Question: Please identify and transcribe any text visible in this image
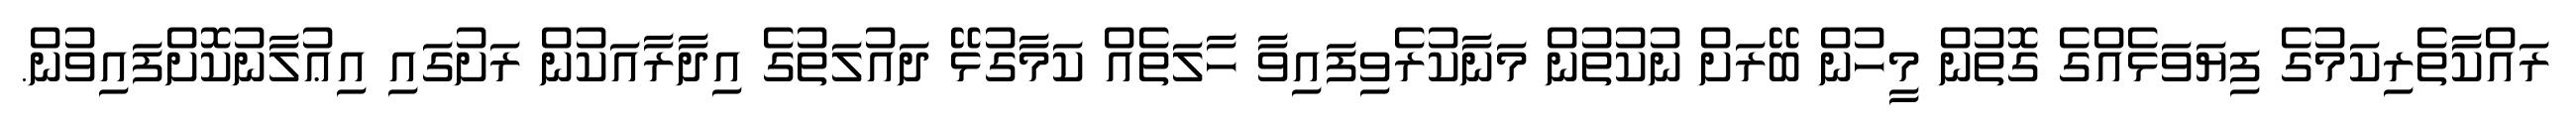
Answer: ރައްކާތެރިކަމުގެ ފިޔަވަޅެއްގެ ގޮތުން މީހުން ބޭރަށް ނުކުތުން މަނާކުރެވިފައިވާ ހާލަތެއް ކަމާގުޅޭ ދައުލަތުގެ އިދާރާއަކުން ރަށުގައި އިޢުލާނުކޮށްފައިވުން.